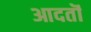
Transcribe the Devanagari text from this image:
आदतॊं